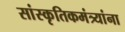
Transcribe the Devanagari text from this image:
सांस्कृतिकमंत्र्यांना